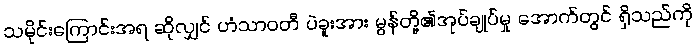
သမိုင်းကြောင်းအရ ဆိုလျှင် ဟံသာဝတီ ပဲခူးအား မွန်တို့၏အုပ်ချုပ်မှု အောက်တွင် ရှိသည်ကို